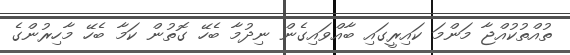
ތުއްތުކުއްޖާ މަންމަ ކައިރީގައި ބާއްވައިގެން ނިދުމާ ބެހޭ ގޮތުން ކަމާ ބެހޭ މާހިރުންގެ